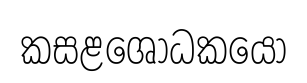
කසළශෝධකයෝ